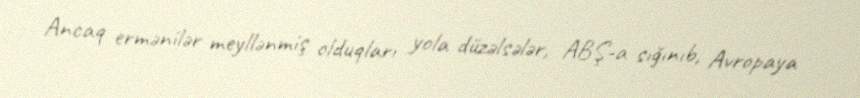
Ancaq ermənilər meyllənmiş olduqları yola düzəlsələr, ABŞ-a sığınıb, Avropaya